Annual report on the lock hospitals of the Madras Presidency
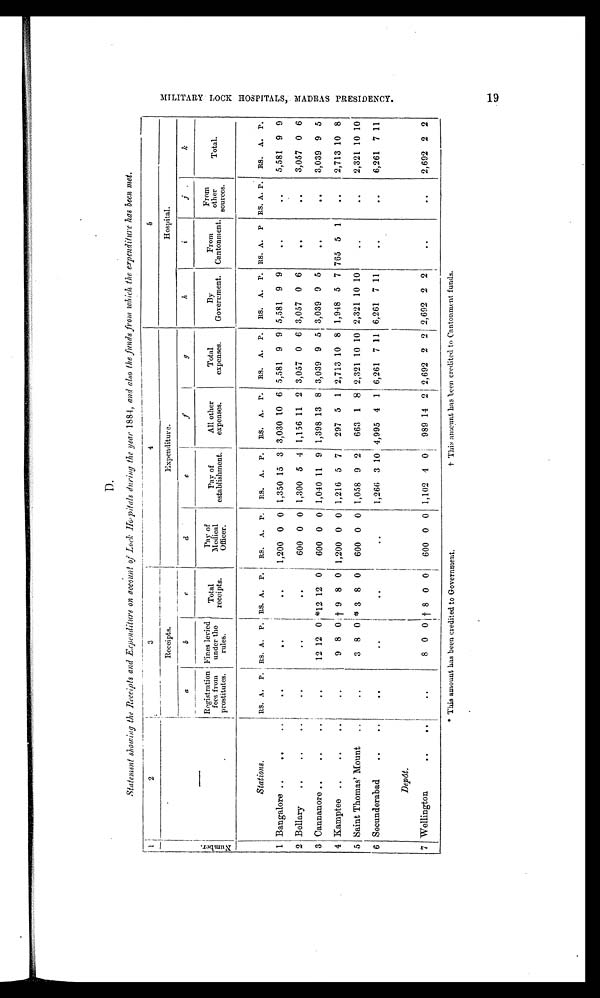
D .
Statement showing the Receipts and Expenditure on account of Lock Hospitals during the year 1884, and also the funds from which the expenditure has been met .
1
2
3
4
5
Receipts.
Expenditure.
Hospital.
a
b
c
d
e
f
g
h
i
j
k
N u m b e r .
Registration
fees from
prostitutes.
Fines levied
under the
rules.
Total
receipts.
Pay of
Medical
Officer.
Pay of
establishment.
All other
expenses.
Total
expenses.
By
Government.
From
Cantonment.
From
other
sources.
Total.
Stations.
RS. A. P. RS. A. P. RS. A. P. RS. A. P. RS. A. P. RS. A. P. RS. A. P. RS. A. P. RS. A. P RS. A. P. RS. A. P.
1 Bangalore ..
.
.
.
.
.
.
.
.
.
.
1,200 0 0 1,350 15 3 3,030 10 6 5,581 9 9 5,581 9 9
.
.
.
.
5,581 9 9
2 Bellary
..
..
.
.
.
.
.
.
.
.
600 0 0 1,300 5 4 1,156 11 2 3,057 0 6 3,057 0 6
.
.
.
.
3,057 0 6
3 Cannanore ..
.
.
.
.
12 12 0 *12 12 0 600 0 0 1,040 1 1 9 1,398 13 8 3,039 9 5 3,039 9 5
.
.
.
.
3,039 9 5
4 Kamptee ..
..
..
.
.
9 8 0 † 9 8 0 1,200 0 0 1,216 5 7 297 5 1 2,713 10 8 1,948 5 7 765 5 1
..
2,713 10 8
5 Saint Thomas' Mount ..
..
3 8 0 * 3 8 0 600 0 0 1,058 9 2 663 1 8 2,321 10 10 2,321
10
10
..
..
2,321 10 10
6 Secunderabad
.. .. .. .. .. ..
1,266 3 10 4,995 4 1 6,261 7 11 6,261 7 11
.. ..
6,261 7 11
Depôt.
7 Wellington
..
..
..
8 0 0 † 8 0 0 600 0 0 1,102 4 0 989 14 2 2,692 2 2 2,692 2 2
..
..
2,692 2 2
*This amount has been credited to Government.
† This amount has been credited to Cantonment funds.
M I L I T A R Y L O C K H O S P I T A L , M A D R A S P R E S I D E N C Y . 1 9